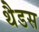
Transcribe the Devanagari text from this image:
थैडस